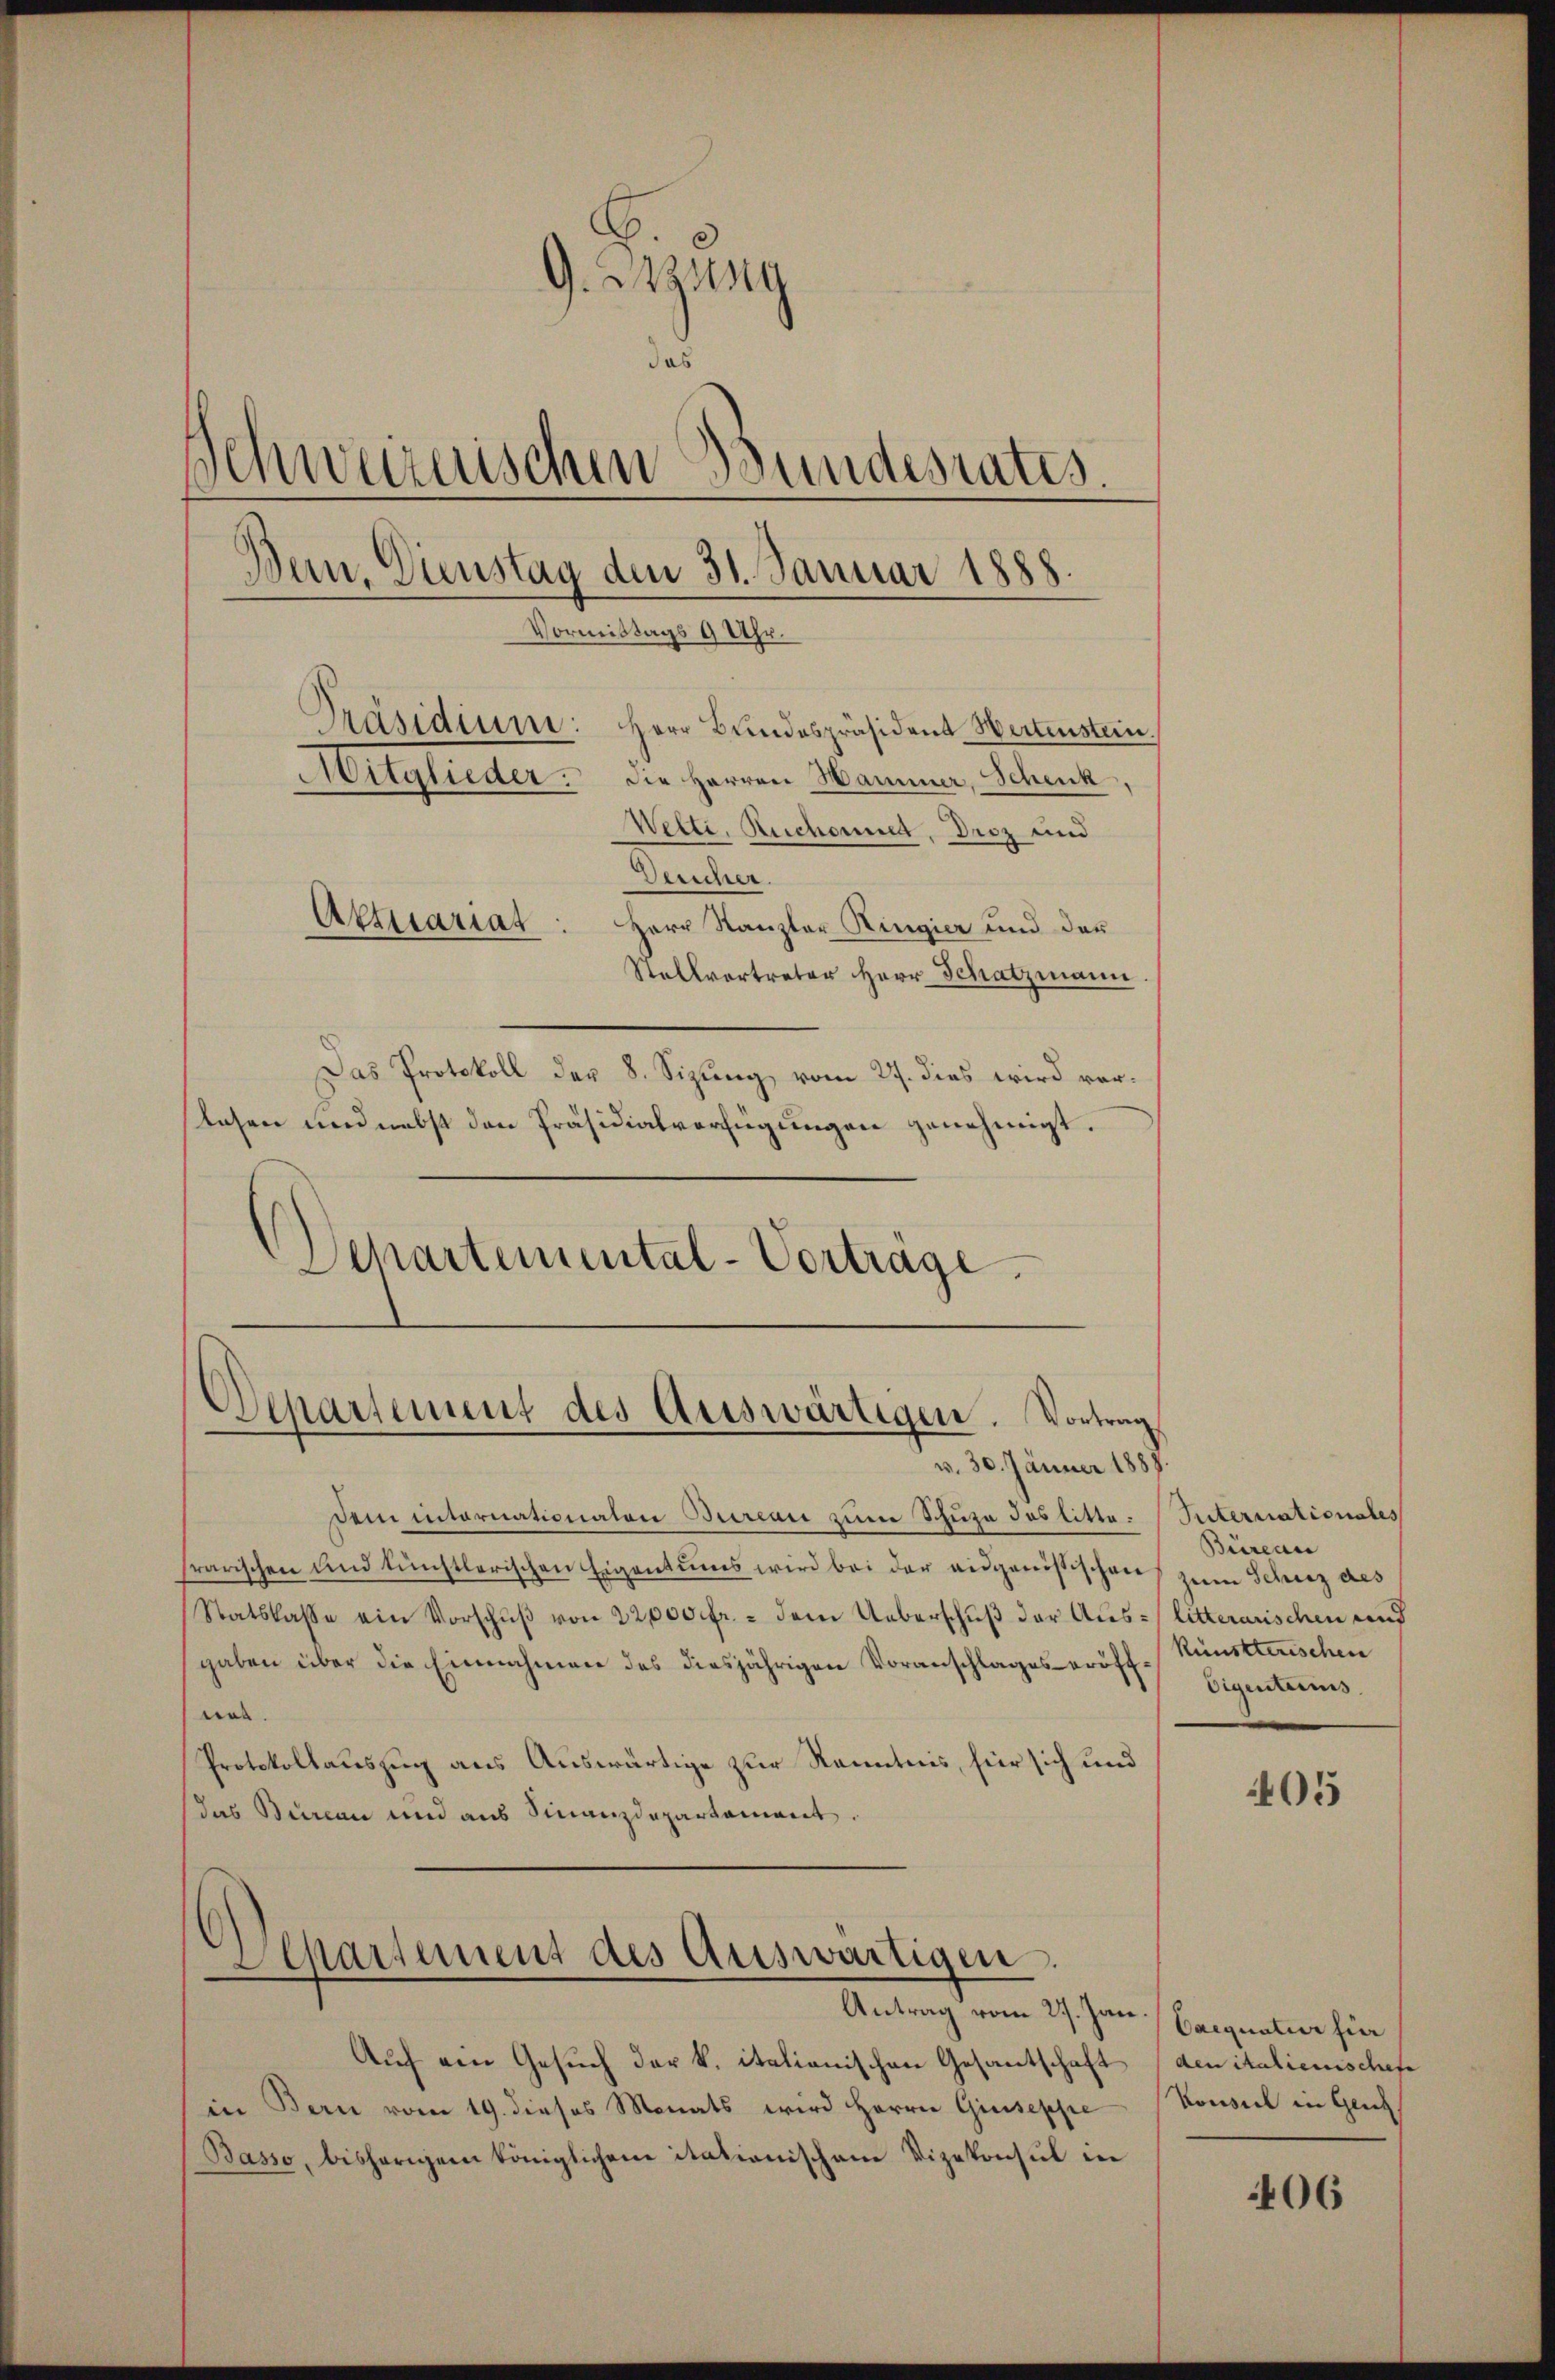
Lesen und nebst den Präsidialverfügungen genehmigt.
Schartemental-Vorträge.

G. Nastag
das
Schweizerischen Bundesrates.
Bein. Dienstag den 31. Januar 1888.
Vormittags 9 Uhr.
Präsidium: Herr Bundespräsident Weitenstein.
Aitglieder: Die Herren Hammer, Schenk,
Wetti, Ruchonnet, Droz und
Deucher.
Aktuariat
Herr Kanzler Ringier und der
Stallvertreter Herr Schatzmann
Das Protokoll der 8. Sizung, vom 27. dies wird vor¬

Departement des Auswärtigen. Vortrag
v. 30. Jänner 1887.

dem internationaten Bureau zum Schuze das litte: Seiternationales
frarischen und künstlerischen Eigentums wird bei der eidgenössischen
Statskasse ein Vorschŭβ von 22,000 fr. 2 dem Ueberschŭβ der Aus- litterarischen und
gaben über die Einnahmen des diesjährigen Voranschlages eröffnes.
Protokollauszug aus Auswärtige zur Kenntnis, für sich und
das Beinau und aus Finanzdepartament.

)
Separtement des Auswärtigen.

Antrag vom 27. Jan. / Cacquation für
Auf ein Gesuch der k. italianischen Gesantschaft
in Bern vom 19. dieses Monats wird Herrn Giuseppe
Basso, bishörigem Königlichen itationischene Vizekonsul in

Büreau
zum Schutz des
künstlerischen
Eigentums.

405

den italienischete
Konsul in Gen

406